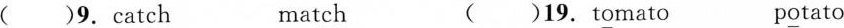
()9. cat\underline{ch} mat\underline{ch} ()19.t\underline{o}mato p\underline{o}tato